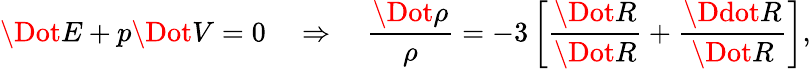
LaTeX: \Dot{E}+p\Dot{V}=0\quad\Rightarrow\quad\frac{\Dot{\rho}}{\rho}=-3\left[\frac{\Dot{R}}{\Dot{R}}+\frac{\Ddot{R}}{\Dot{R}}\right],